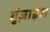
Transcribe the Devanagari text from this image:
गुंज़ाइश